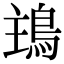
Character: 𩿢